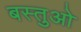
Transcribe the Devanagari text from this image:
बस्तुओ